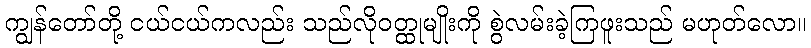
ကျွန်တော်တို့ ငယ်ငယ်ကလည်း သည်လိုဝတ္ထုမျိုးကို စွဲလမ်းခဲ့ကြဖူးသည် မဟုတ်လော။